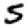
Digit: 5